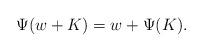
LaTeX: \begin{align*}\Psi(w + K) = w + \Psi(K).\end{align*}